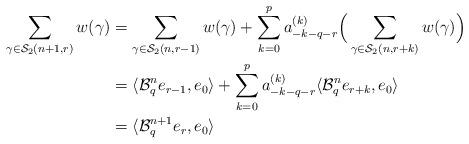
LaTeX: \begin{align*}\sum_{\gamma\in\mathcal{S}_{2}(n+1,r)}w(\gamma) & =\sum_{\gamma\in\mathcal{S}_{2}(n,r-1)}w(\gamma)+\sum_{k=0}^{p}a_{-k-q-r}^{(k)}\Big(\sum_{\gamma\in\mathcal{S}_{2}(n,r+k)} w(\gamma)\Big)\\& =\langle\mathcal{B}_{q}^{n} e_{r-1},e_{0}\rangle+\sum_{k=0}^{p}a_{-k-q-r}^{(k)}\langle\mathcal{B}_{q}^{n} e_{r+k},e_{0}\rangle\\& =\langle\mathcal{B}_{q}^{n+1} e_{r},e_{0}\rangle\end{align*}